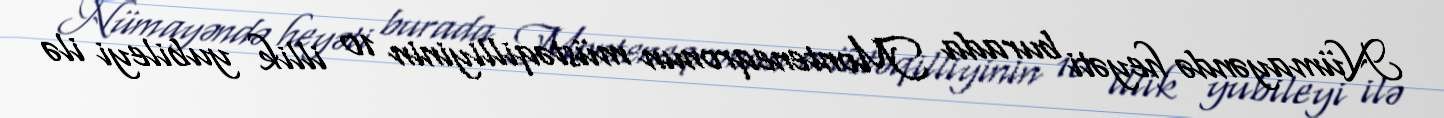
Nümayəndə heyəti burada Monteneqronun müstəqilliyinin 10 illik yubileyi ilə